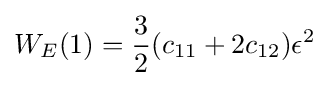
W_{E}(1)={\frac {3}{2}}(c_{11}+2c_{12})\epsilon ^{2}